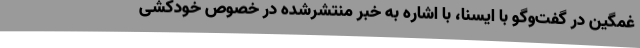
غمگین در گفت‌وگو با ایسنا، با اشاره به خبر منتشرشده در خصوص خودکشی